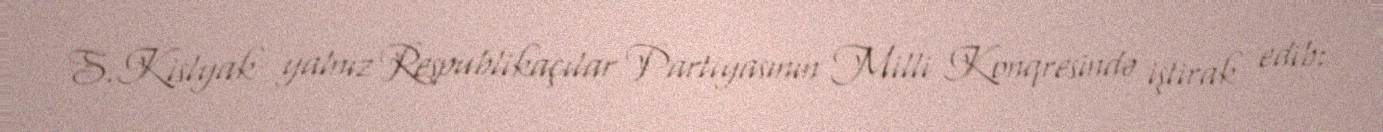
S.Kislyak yalnız Respublikaçılar Partiyasının Milli Konqresində iştirak edib: